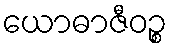
ယောဓာဇီဝဉ္စ